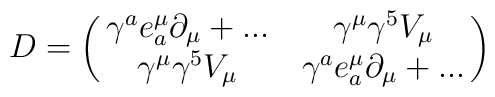
D=\pmatrix{ \gamma^ae^{\mu}_a\partial_{\mu}+... & \gamma^{\mu}\gamma^{5}V_{\mu}\cr \gamma^{\mu}\gamma^{5}V_{\mu} & \gamma^ae^{\mu}_a \partial _{\mu}+... }